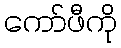
ကော်ဖီကို